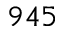
9 4 5